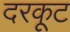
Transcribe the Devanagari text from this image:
दरकूट